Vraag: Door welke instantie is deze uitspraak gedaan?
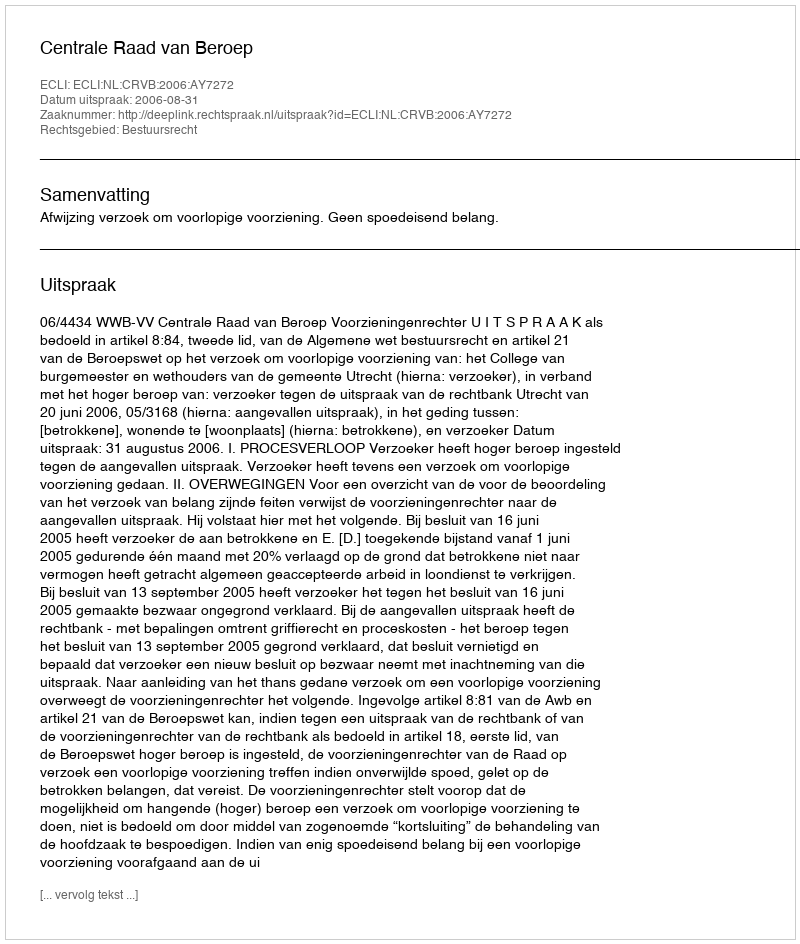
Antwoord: Centrale Raad van Beroep